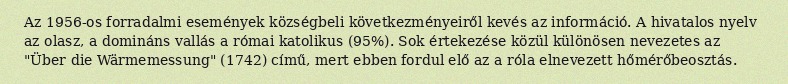
Az 1956-os forradalmi események községbeli következményeiről kevés az információ. A hivatalos nyelv az olasz, a domináns vallás a római katolikus (95%). Sok értekezése közül különösen nevezetes az "Über die Wärmemessung" (1742) című, mert ebben fordul elő az a róla elnevezett hőmérőbeosztás.